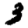
Digit: 3